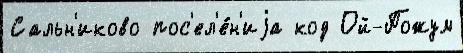
Сальн'иково пос'ел'е́н'иjа код Ой-Пожум